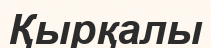
Қырқалы